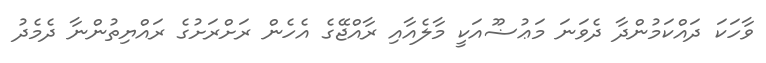
ވާހަކަ ދައްކަމުންދާ ދެވަނަ މަޢުޟޫއަކީ މާލެއާއި ރާއްޖޭގެ އެހެން ރަށްރަށުގެ ރައްޔިތުންނާ ދެމެދު